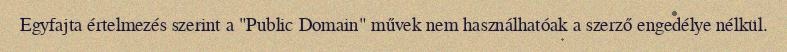
Egyfajta értelmezés szerint a "Public Domain" művek nem használhatóak a szerző engedélye nélkül.